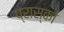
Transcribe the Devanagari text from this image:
प्रास्का